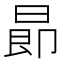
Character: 𣌸